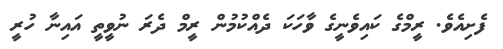
ފެށިއެވެ. ރީމްގެ ކައިވެނީގެ ވާހަކަ ދެއްކުމުން ރީމް ދެރަ ނުވީތީ އައިނާ ހުރީ